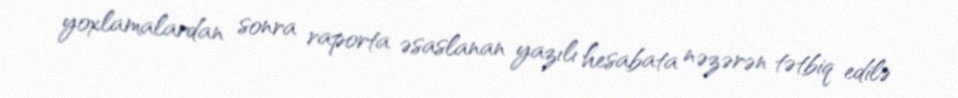
yoxlamalardan sonra raporta əsaslanan yazılı hesabata nəzərən tətbiq edilə